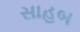
સાહબ